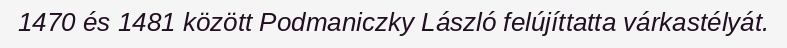
1470 és 1481 között Podmaniczky László felújíttatta várkastélyát.